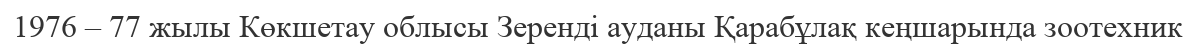
1976 – 77 жылы Көкшетау облысы Зеренді ауданы Қарабұлақ кеңшарында зоотехник